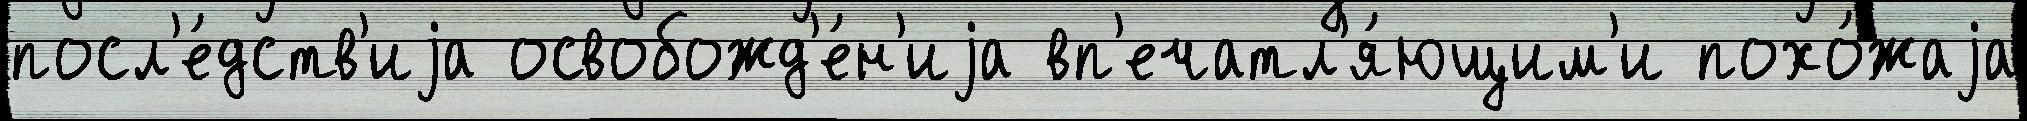
посл'е́дств'иjа освобожд'е́н'иjа вп'ечатл'я́ющим'и похо́жаjа